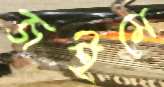
জইমে